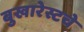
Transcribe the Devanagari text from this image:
बुखारेस्टचे